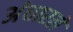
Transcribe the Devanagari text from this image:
अंधारले